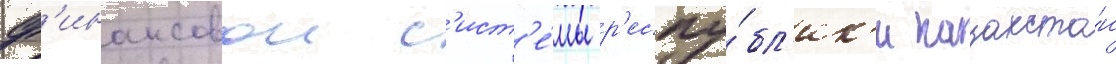
ф'инансовои с'ист'е́мы р'еспу́бл'ик'и казахста́н